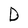
Character: D